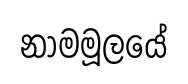
නාමමූලයේ